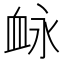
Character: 䘑